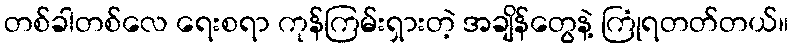
တစ်ခါတစ်လေ ရေးစရာ ကုန်ကြမ်းရှားတဲ့ အချိန်တွေနဲ့ ကြုံရတတ်တယ်။